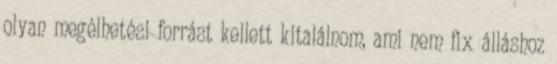
olyan megélhetési forrást kellett kitalálnom, ami nem fix álláshoz